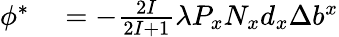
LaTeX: \begin{array}{rl}{\phi^{*}}&{{}=-{\frac{2I}{2I+1}}\lambda P_{x}N_{x}d_{x}{\Delta b^{x}}}\end{array}